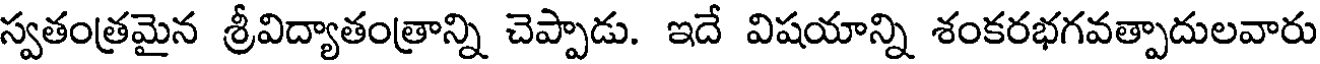
స్వతంత్రమైన శ్రీవిద్యాతంత్రాన్ని చెప్పాడు. ఇదే విషయాన్ని శంకరభగవత్పాదులవారు